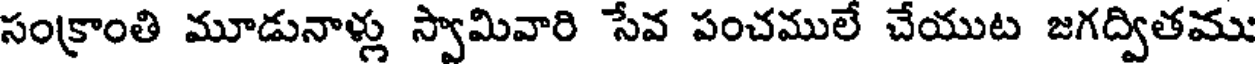
సంక్రాంతి మూడునాళ్లు స్వామివారి సేవ పంచములే చేయుట జగద్వితము